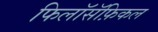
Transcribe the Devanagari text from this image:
फिलॉसॅफ़िकल